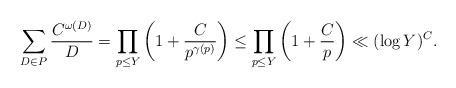
LaTeX: \begin{align*}\sum_{D\in P} \frac{C^{\omega(D)}}{D} = \prod_{p\leq Y} \left(1+\frac{C}{p^{\gamma(p)}}\right) \leq \prod_{p\leq Y} \left(1+\frac{C}{p}\right) \ll (\log Y)^C.\end{align*}